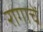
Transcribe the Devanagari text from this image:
रागाचें